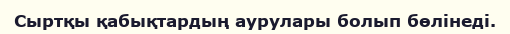
Сыртқы қабықтардың аурулары болып бөлінеді.